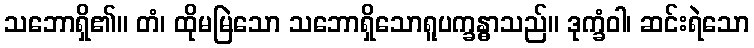
သဘောရှိ၏။ တံ၊ ထိုမမြဲသော သဘောရှိသောရူပက္ခန္ဓာသည်။ ဒုက္ခံဝါ၊ ဆင်းရဲသော